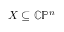
X \subseteq \mathbb { C P } ^ { n }